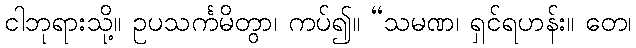
ငါဘုရားသို့။ ဥပသင်္ကမိတွာ၊ ကပ်၍။ “သမဏ၊ ရှင်ရဟန်း။ တေ၊